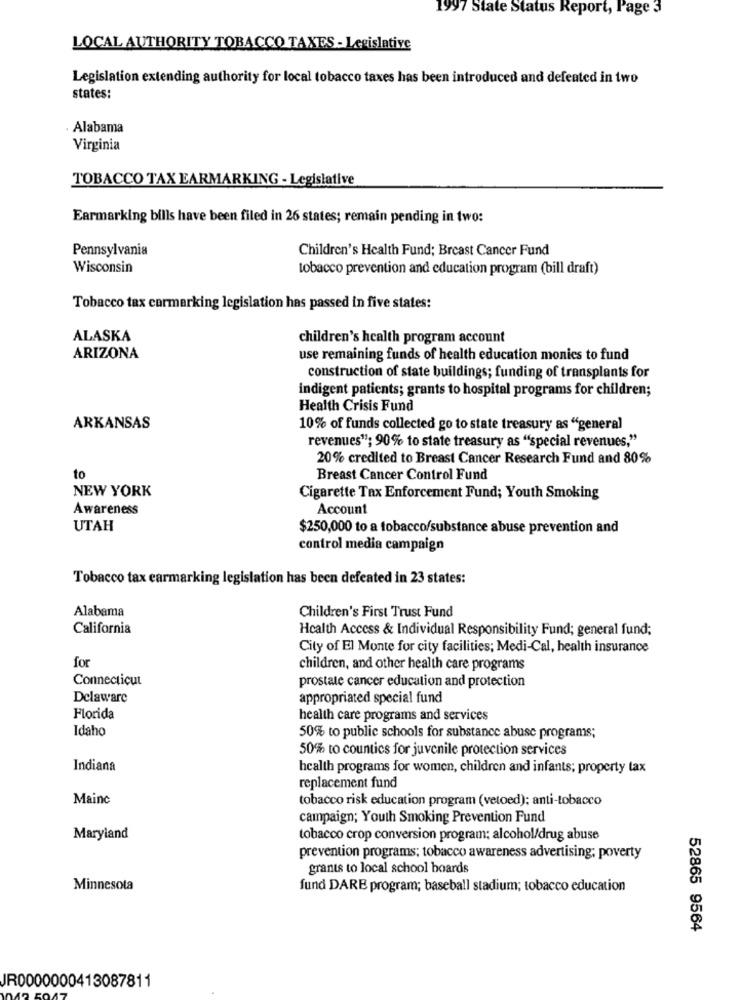
1997 State Status Report, Page 3
LOCAL AUTHORITY TOBACCO TAXES - Legislative
Legislation extending authority for local tobacco taxes has been introduced and defeated in two
states:
· Alabama
Virginia
TOBACCO TAX EARMARKING - Legislative
Earmarking bills have been filed in 26 states; remain pending in two:
Pennsylvania
Children's Health Fund; Breast Cancer Fund
Wisconsin
tobacco prevention and education program (bill draft)
Tobacco tax carmarking legislation has passed in five states:
ALASKA
children's health program account
ARIZONA
use remaining funds of health education monics to fund
construction of state buildings; funding of transplants for
indigent patients; grants to hospital programs for children;
Health Crisis Fund
ARKANSAS
10% of funds collected go to state treasury as "general
revenues"; 90% to state treasury as "special revenues,"
20% credited to Breast Cancer Research Fund and 80%
to
Breast Cancer Control Fund
NEW YORK
Cigarette Tax Enforcement Fund; Youth Smoking
Awareness
Account
UTAH
$250,000 to a tobacco/substance abuse prevention and
control media campaign
Tobacco tax earmarking legislation has been defeated in 23 states:
Alabama
Children's First Trust Fund
California
Health Access & Individual Responsibility Fund; general fund;
City of El Monte for city facilities; Medi-Cal, health insurance
for
children, and other health care programs
Connecticut
prostate cancer education and protection
Delaware
appropriated special fund
Florida
health care programs and services
Idaho
50% to public schools for substance abuse programs;
50% to countics for juvenile protection services
Indiana
health programs for women, children and infants; property tax
replacement fund
Mainc
tobacco risk education program (vetoed); anti-tobacco
campaign; Youth Smoking Prevention Fund
Maryland
tobacco crop conversion program: alcohol/drug abuse
prevention programs; tobacco awareness advertising; poverty
grants to local school boards
Minnesota
fund DARE program; baseball stadium; tobacco education
52865 9564
JR0000000413087811